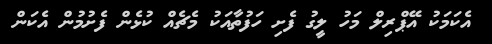
އެކަމަކު އޭޕްރިލް މަހު ލީގު ފެށި ހަފުތާއަކު މެޗެއް ކުޅެން ފެށުމުން އެކަން